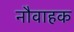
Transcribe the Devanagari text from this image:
नौवाहक